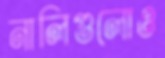
নালিগুলোও